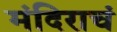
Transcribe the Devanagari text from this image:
मंदिराचं